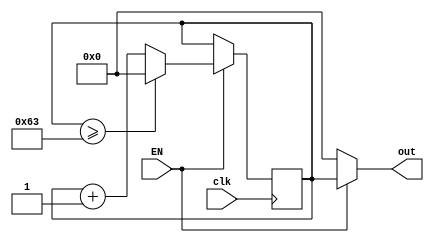
`timescale 1ns / 1ps
//////////////////////////////////////////////////////////////////////////////////
// Company: 
// Engineer: 
// 
// Design Name: 
// Module Name: cnt
// Project Name: 
// Target Devices: 
// Tool Versions: 
// Description: 
// 
// Dependencies: 
// 
// Revision:
// Revision 0.01 - File Created
// Additional Comments:
// 
//////////////////////////////////////////////////////////////////////////////////


module cnt(clk, EN, out);
    parameter MAX = 100;
    input clk, EN;
    output [7:0] out;
    
    reg [7:0] data = 0;
    
    always@(posedge clk)begin
        if(EN)begin
            if(data >= MAX - 1)begin
                data = 0;
            end
            else begin
                data = data + 1;
            end
        end
        
    end
    
    assign out = (EN)? data:8'b0;
endmodule